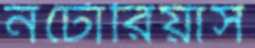
নটোরিয়াস